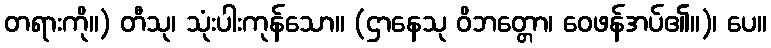
တရားကို။) တီသု၊ သုံးပါးကုန်သော။ (ဌာနေသု ဝိဘတ္တော၊ ဝေဖန်အပ်၏။)၊ ပေ။